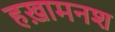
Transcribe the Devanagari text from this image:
हख़ामनश